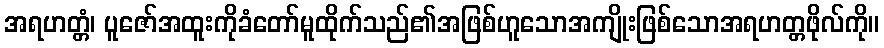
အရဟတ္တံ၊ ပူဇော်အထူးကိုခံတော်မူထိုက်သည်၏အဖြစ်ဟူသောအကျိုးဖြစ်သောအရဟတ္တဖိုလ်ကို။